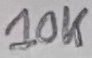
Text: 10K